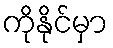
ကိုနိုင်မှာ